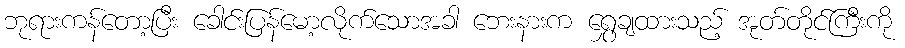
ဘုရားကန်တော့ပြီး ခေါင်းပြန်မော့လိုက်သောအခါ ဘေးနားက ရွှေချထားသည့် အုတ်တိုင်ကြီးကို